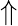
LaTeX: \Uparrow